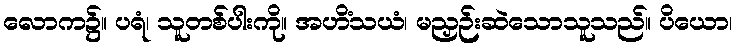
လောက၌။ ပရံ၊ သူတစ်ပါးကို။ အဟိံသယံ၊ မညှဉ်းဆဲသောသူသည်။ ပိယော၊